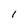
Character: 1